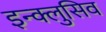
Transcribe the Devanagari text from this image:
इन्क्लुसिव